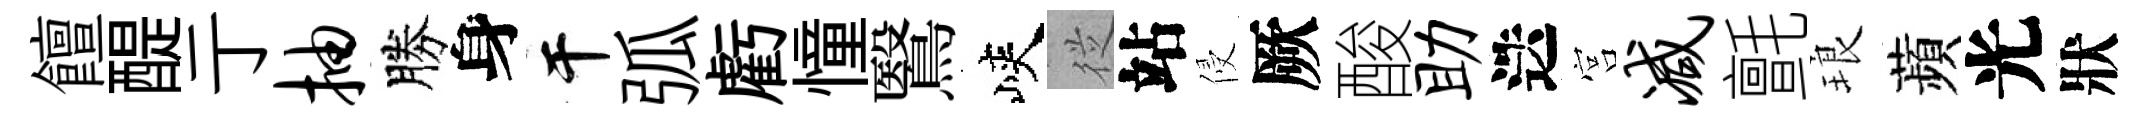
饘醍亍抽勝身干弧虧憧鷖峽従站侵厥酸助迭宫减氈琅蘋光狀